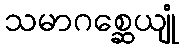
သမာဂစ္ဆေယျုံ